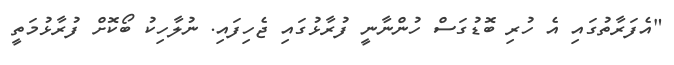
"އެފަރާތުގައި އެ ހުރި ބޮޑުގަސް ހުންނާނީ ފުރާޅުގައި ޖެހިފައި. ނުލާހިކު ބޯކޮށް ފުރާޅުމަތީ